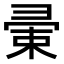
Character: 𢑤